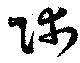
師